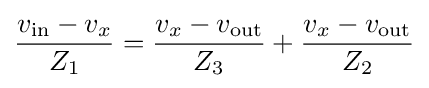
{\frac {v_{\text{in}}-v_{x}}{Z_{1}}}={\frac {v_{x}-v_{\text{out}}}{Z_{3}}}+{\frac {v_{x}-v_{\text{out}}}{Z_{2}}}